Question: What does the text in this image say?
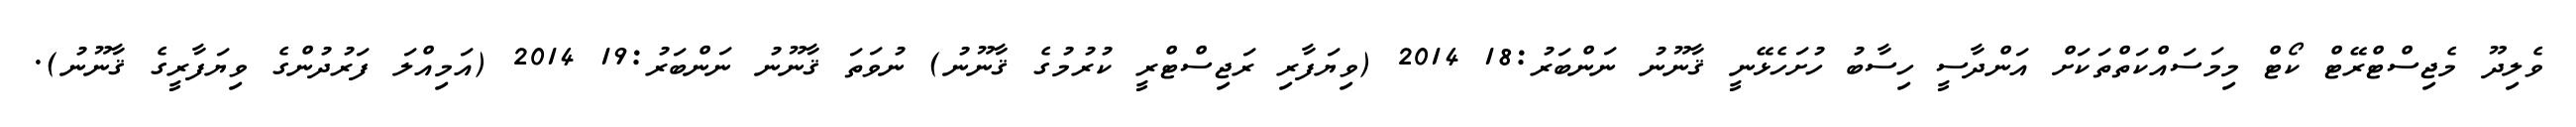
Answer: ވެލިދޫ މެޖިސްޓްރޭޓް ކޯޓް މިމަސައްކަތްތަކަށް އަންދާސީ ހިސާބު ހުށަހެޅޭނީ ޤާނޫނު ނަންބަރު:18 2014 (ވިޔަފާރި ރަޖިސްޓްރީ ކުރުމުގެ ޤާނޫނު) ނުވަތަ ޤާނޫނު ނަންބަރު:19 2014 (އަމިއްލަ ފަރުދުންގެ ވިޔަފާރީގެ ޤާނޫނު).